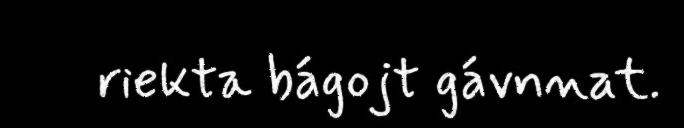
riekta bágojt gávnnat.